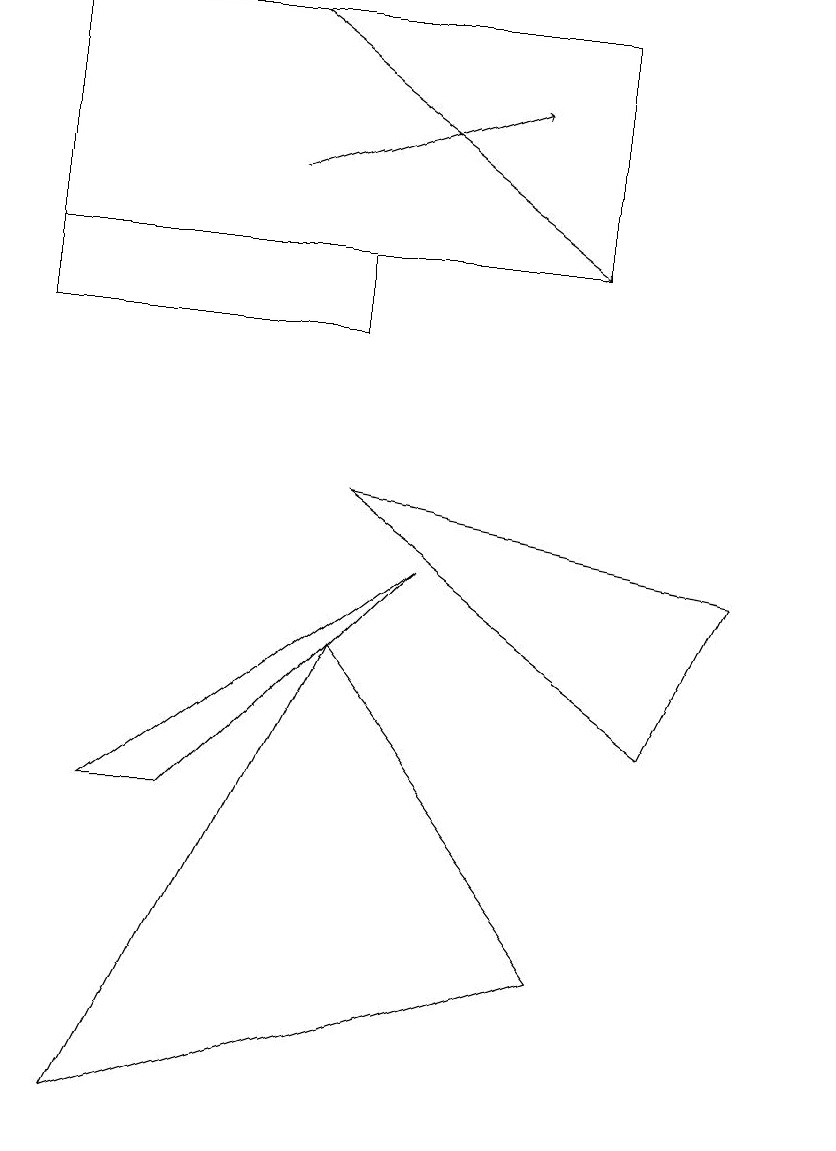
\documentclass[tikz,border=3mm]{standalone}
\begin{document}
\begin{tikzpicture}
\draw (10,10) circle (0);
\draw (5,7) -- (2,4) -- (1,4) -- cycle;
\draw[->] (3,14) -- (7,11);
\draw (7,2) -- (1,0) -- (4,6) -- cycle;
\draw (4,10) rectangle (0,11);
\draw (4,8) -- (8,5) -- (9,7) -- cycle;
\draw[->] (3,12) -- (6,13);
\draw (7,14) rectangle (0,11);
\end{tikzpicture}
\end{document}